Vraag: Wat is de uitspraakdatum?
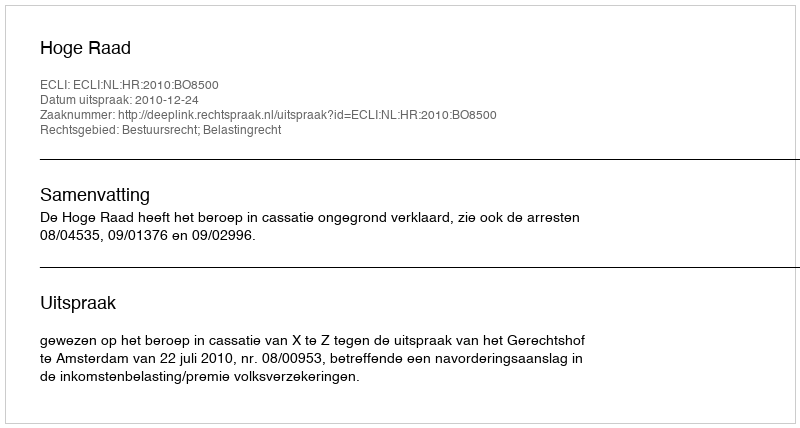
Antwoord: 2010-12-24